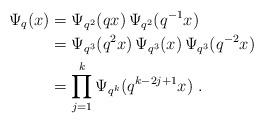
LaTeX: \begin{align*}\Psi_q(x)&=\Psi_{q^2}(qx) \,\Psi_{q^2}(q^{-1}x) \\&=\Psi_{q^3}(q^2x)\, \Psi_{q^3}(x) \, \Psi_{q^3}(q^{-2}x) \\ &=\prod_{j=1}^k \Psi_{q^k}(q^{k-2j+1} x) \;.\end{align*}